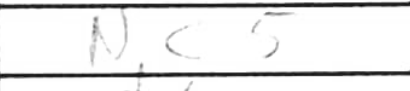
Transcription: Nc5